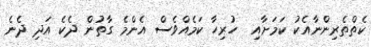
ކެތްތެރިންނާއެކު ކަމަށާއި  ހުރިހާ ކަމެއްވެސް އެންމެ ގާތުން ދެކެ އަދި ދެނެ